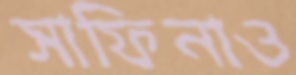
সাফিনাও